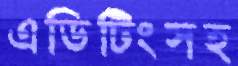
এডিটিংসহ